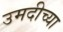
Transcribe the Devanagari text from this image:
उमदीच्या